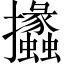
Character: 攭